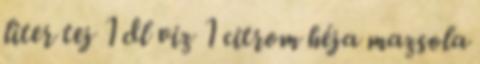
liter tej 1 dl viz 1 citrom héja mazsola